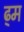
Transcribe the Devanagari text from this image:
ढ्म